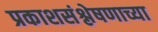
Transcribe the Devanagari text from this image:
प्रकाशसंश्लेषणाच्या